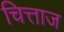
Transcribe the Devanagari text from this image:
चित्ताज